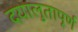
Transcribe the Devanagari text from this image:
दयालुतापूर्ण